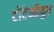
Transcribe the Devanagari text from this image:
टोटेमीयुग